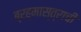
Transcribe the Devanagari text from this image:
ब्रह्मास्त्राची